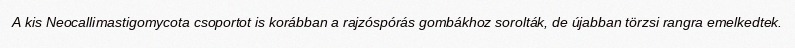
A kis Neocallimastigomycota csoportot is korábban a rajzóspórás gombákhoz sorolták, de újabban törzsi rangra emelkedtek.